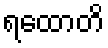
ရထောတိ